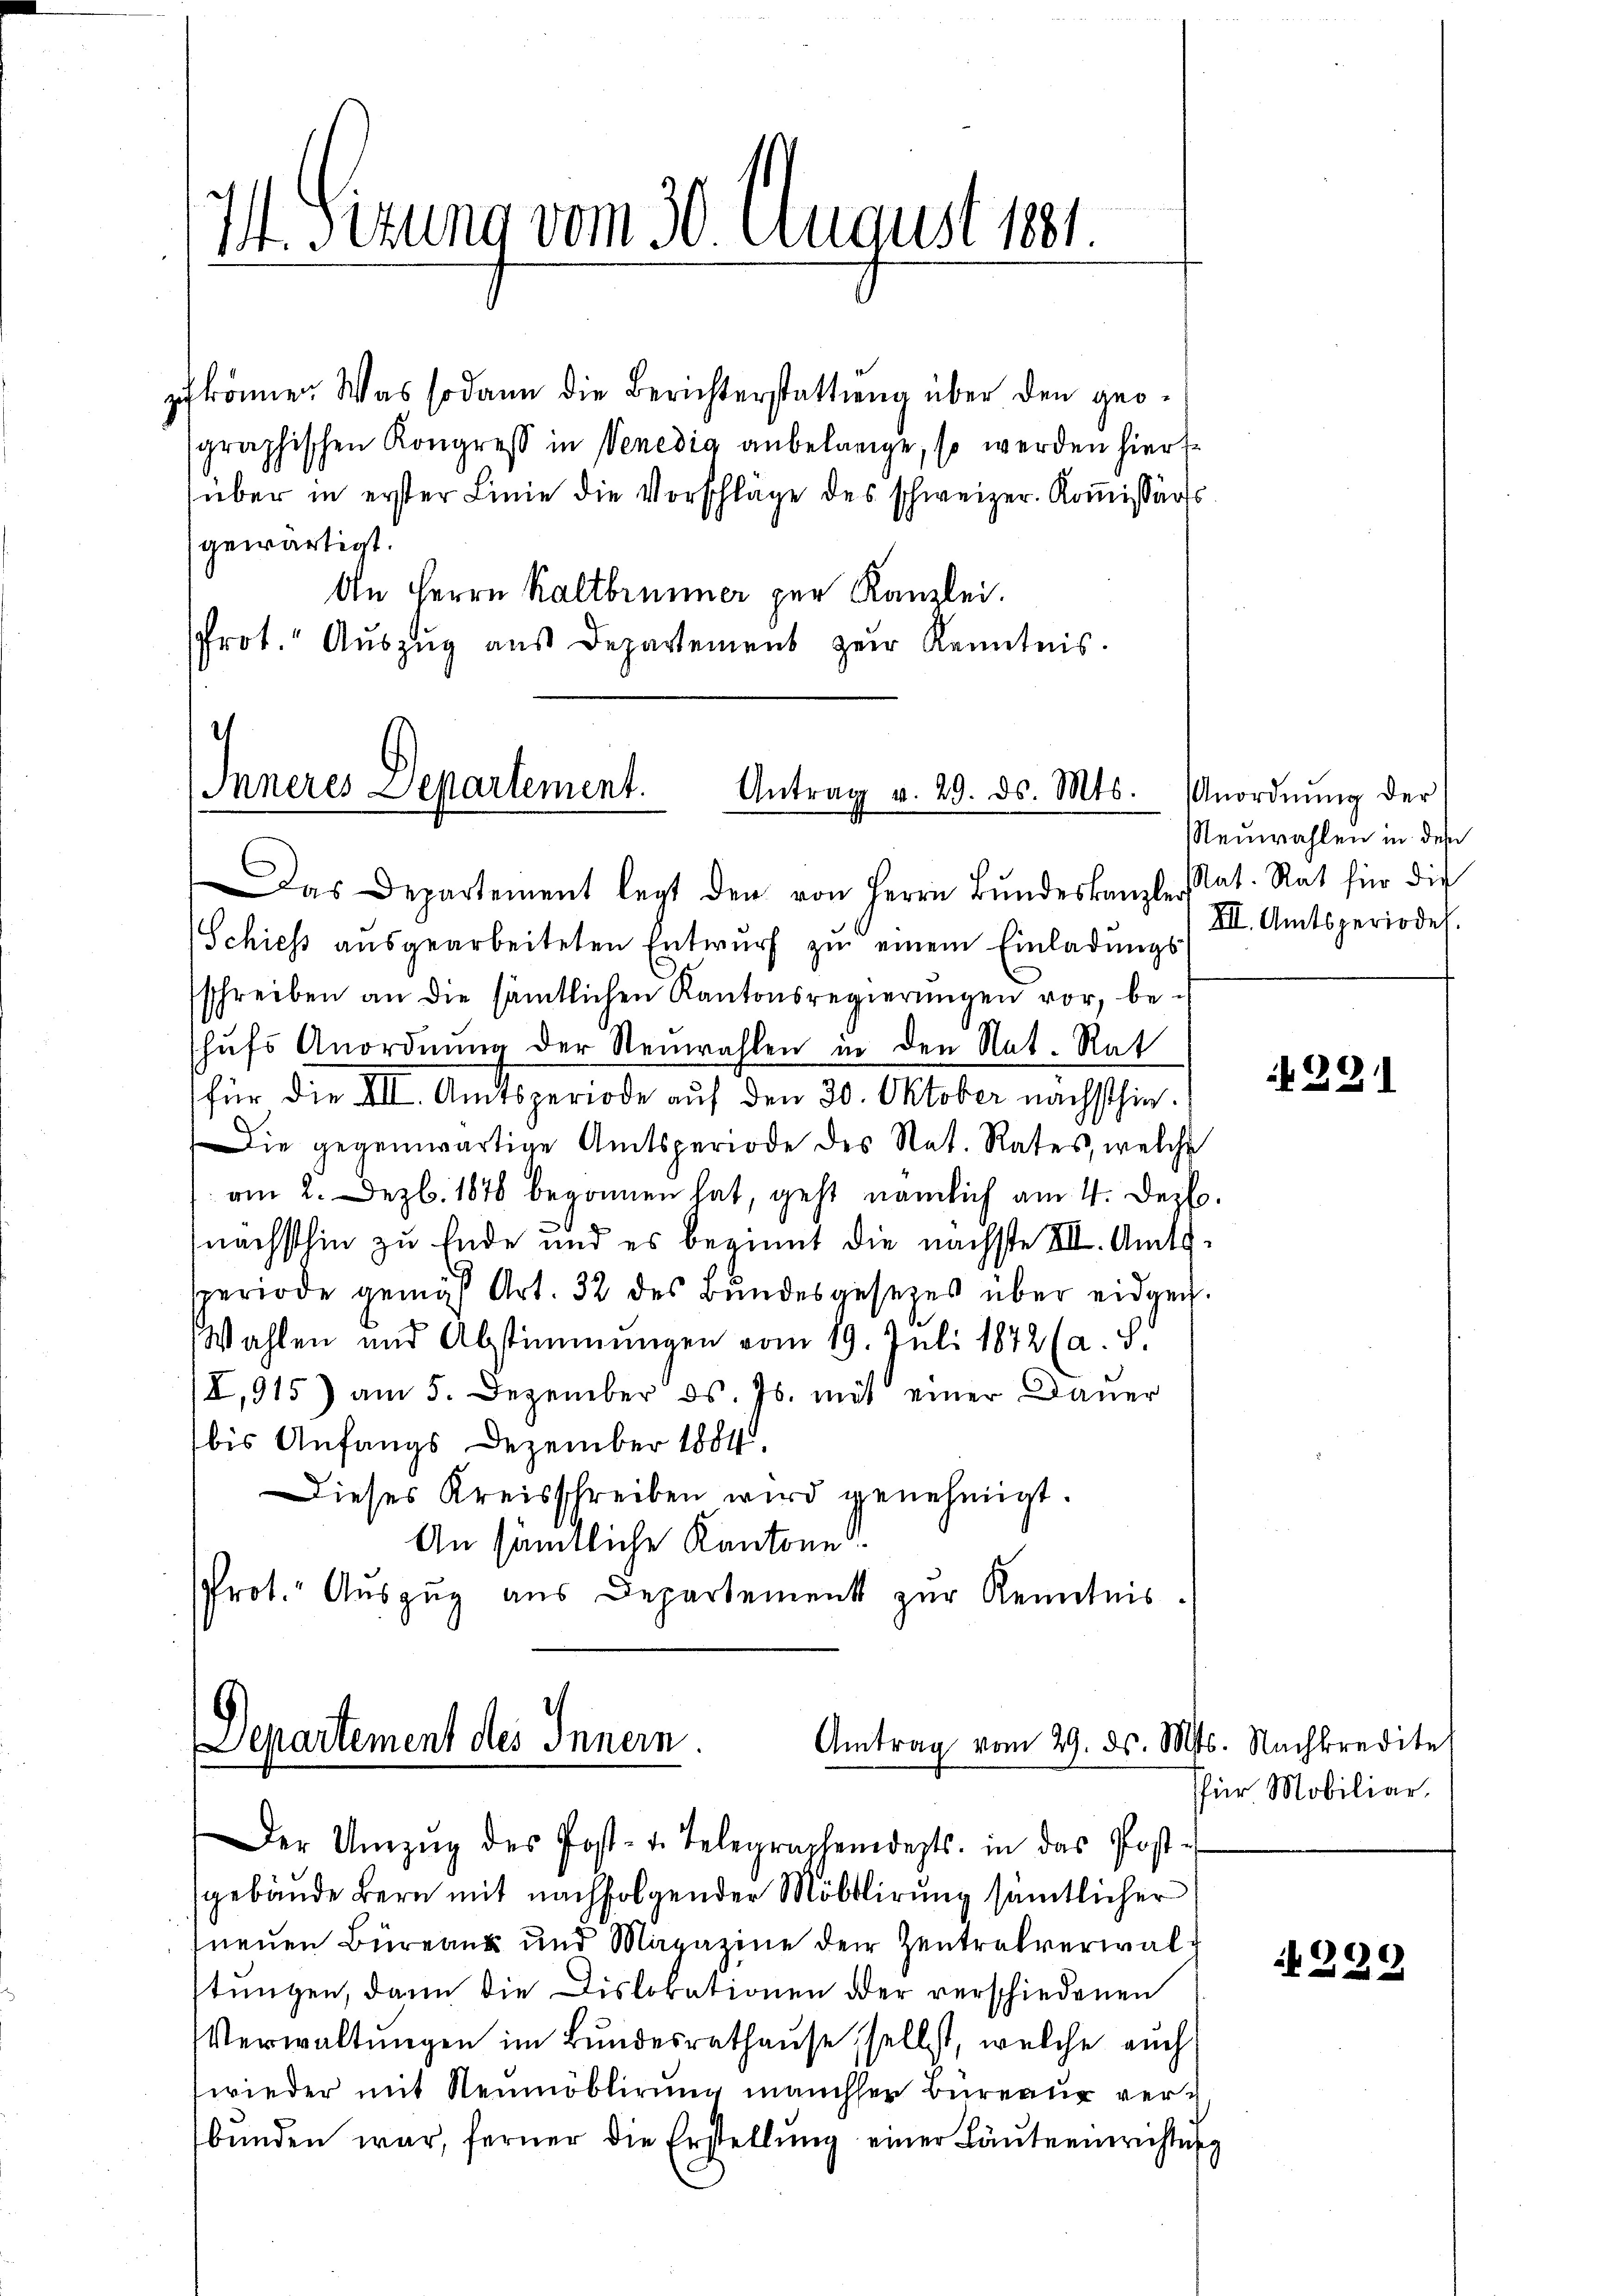
M. Sitzung vom 30. August 1881

z könne. Was sodann die Berichterstattung über den geo-
sgraphischen Kongress in Venedig anbelange, so werden hiers-
über in erster Linie die Vorschläge des schweizer. Kommissärs
gewärtigt.
An Herrn Kaltbrunner zur Kanzlei.
Prot. Auszug aus Departement zur Kenntnis.

Inneres Departement.
Antrag v. 29. ds. Mts.

Das Departement legt den von Herrn Bŭndeskanzler Nat. Rat für die
Schiess aŭsgearbeiteten Entwŭrf zŭ einem Einladŭngs-
sschreiben an die sämtlichen Kantonsregierŭngen vor, be-
hufs Anordnung der Neuwahlen in den Nat. Rat
für die XII. Amtsperiode auf den 30. Oktober nächsthin.
Die gegenwärtige Amtsperiode des Rat. Rates, welche
am 2. Dez. 1876 begonnen hat, geht nämlich am 4. Dez.
nächsthin zu Ende und es beginnt die nächste VII. Amtssperiode gemäß Art. 32 des Bundesgesezes über eidgen.
Wahlen und Abstimmungen vom 19. Juli 1872 (a. d.
I,915) am 5. Dezember ds. Js. mit einer Dauer
bis Anfangs Dezember 1881
Dieses Kreisschreiben wird genehmigt.
An sämtliche Kantone
Prot. Auszug aus Departement zur Kenntnis.

Departement des Innern.
Amtrag vom 29. ds. M
Der Umzŭg des Post- u. Telegraphenderts. in das Post-
gebäude bern mit nachfolgender Möbelierung sämtlicher

neuen Büreank und Magazine der Zentralverwaltungen, dann die Dislokationen oder verschiedenen
Verwaltungen im Bundesrathause selbst, welche auch
wieder mit Neumöblirung mancher Büreaŭ verbŭnden war, ferner die Erstellŭng einer Läute einrichtung

Anordnung der
Neuwahlen in des
VII. Amtsperiode.

N 22

t. Nachkredite
für Mobiliar.

229